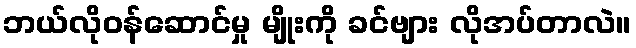
ဘယ်လိုဝန်ဆောင်မှု မျိုးကို ခင်ဗျား လိုအပ်တာလဲ။